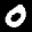
Label: 0